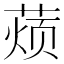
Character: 𮐚